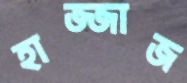
হাজ্জাজ